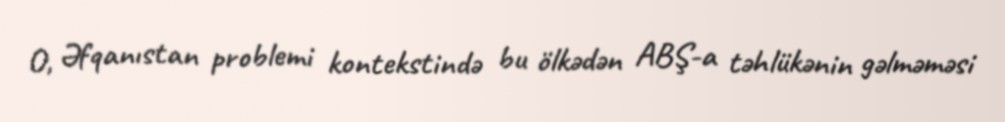
O, Əfqanıstan problemi kontekstində bu ölkədən ABŞ-a təhlükənin gəlməməsi